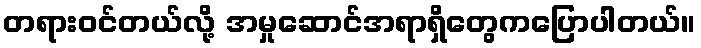
တရားဝင်တယ်လို့ အမှုဆောင်အရာရှိတွေကပြောပါတယ်။